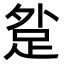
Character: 𨀑